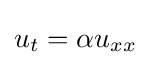
\displaystyle u_{t}=\alpha u_{xx}